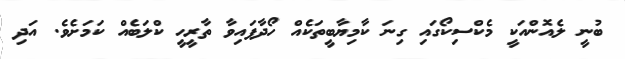
ބުނީ ލެއޮންއަކީ މެކްސިކޯގައި ގިނަ ކާމިޔާބީތަކެއް ހޯދާފައިވާ ތާރީހީ ކްލަބެއް ކަމަށެވެ. އަދި